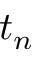
t _ { n }